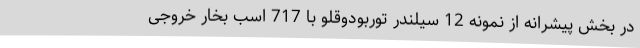
در بخش پیشرانه از نمونه 12 سیلندر توربودوقلو با 717 اسب بخار خروجی